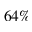
6 4 \%